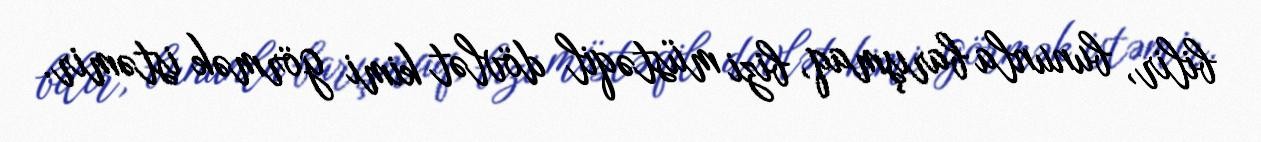
bilir, bununla barışmaq, bizi müstəqil dövlət kimi görmək istəmir.